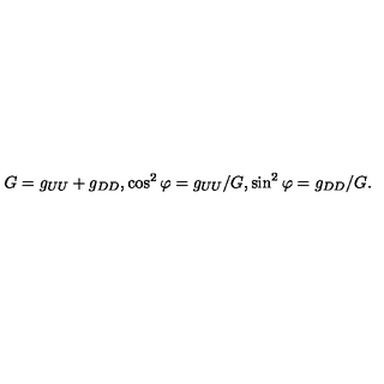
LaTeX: G = g _ { U U } + g _ { D D } , \cos ^ { 2 } \varphi = g _ { U U } / G , \sin ^ { 2 } \varphi = g _ { D D } / G .